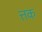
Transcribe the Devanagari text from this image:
त्तक